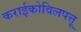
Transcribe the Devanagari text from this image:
कराईकोविलपत्तू